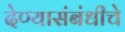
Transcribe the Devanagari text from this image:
देण्यासंबंधीचे